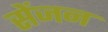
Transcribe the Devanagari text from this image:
सेंजन